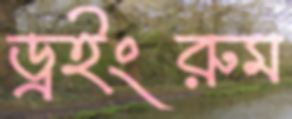
ড্রইংরুম